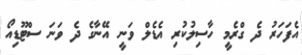
އެފަހަރު ދެ ގްރެމީ ހާސިލުކުރި އެޑެލް ވަނީ އޭނާގެ ދެ ވަނަ ސްޓޫޑިއޯ